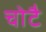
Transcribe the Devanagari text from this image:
चोटै